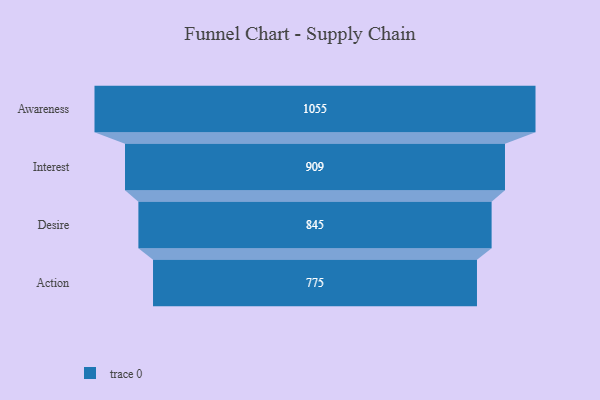
{"axis": {"x": "Stage", "y": "Value"}, "legend": [""], "data": [{"x": "Awareness", "y": 1055.0, "type": ""}, {"x": "Interest", "y": 909.0, "type": ""}, {"x": "Desire", "y": 845.0, "type": ""}, {"x": "Action", "y": 775.0, "type": ""}]}